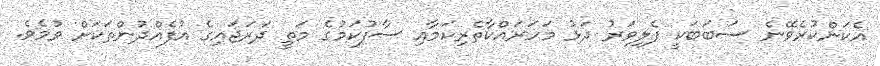
އެކަންކުރެވޭނެ ސަބަބަކީ ފެލިވަރު ދަޅު މަހަރައްކާތެރިކަމާއި ސާފުކަމުގެ މަތީ ދަރަޖައިގެ އުފެއްދުންތަކަށް ވުމެވެ.